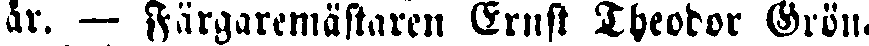
år. — Färgaremästaren Ernst Theodor Grön.